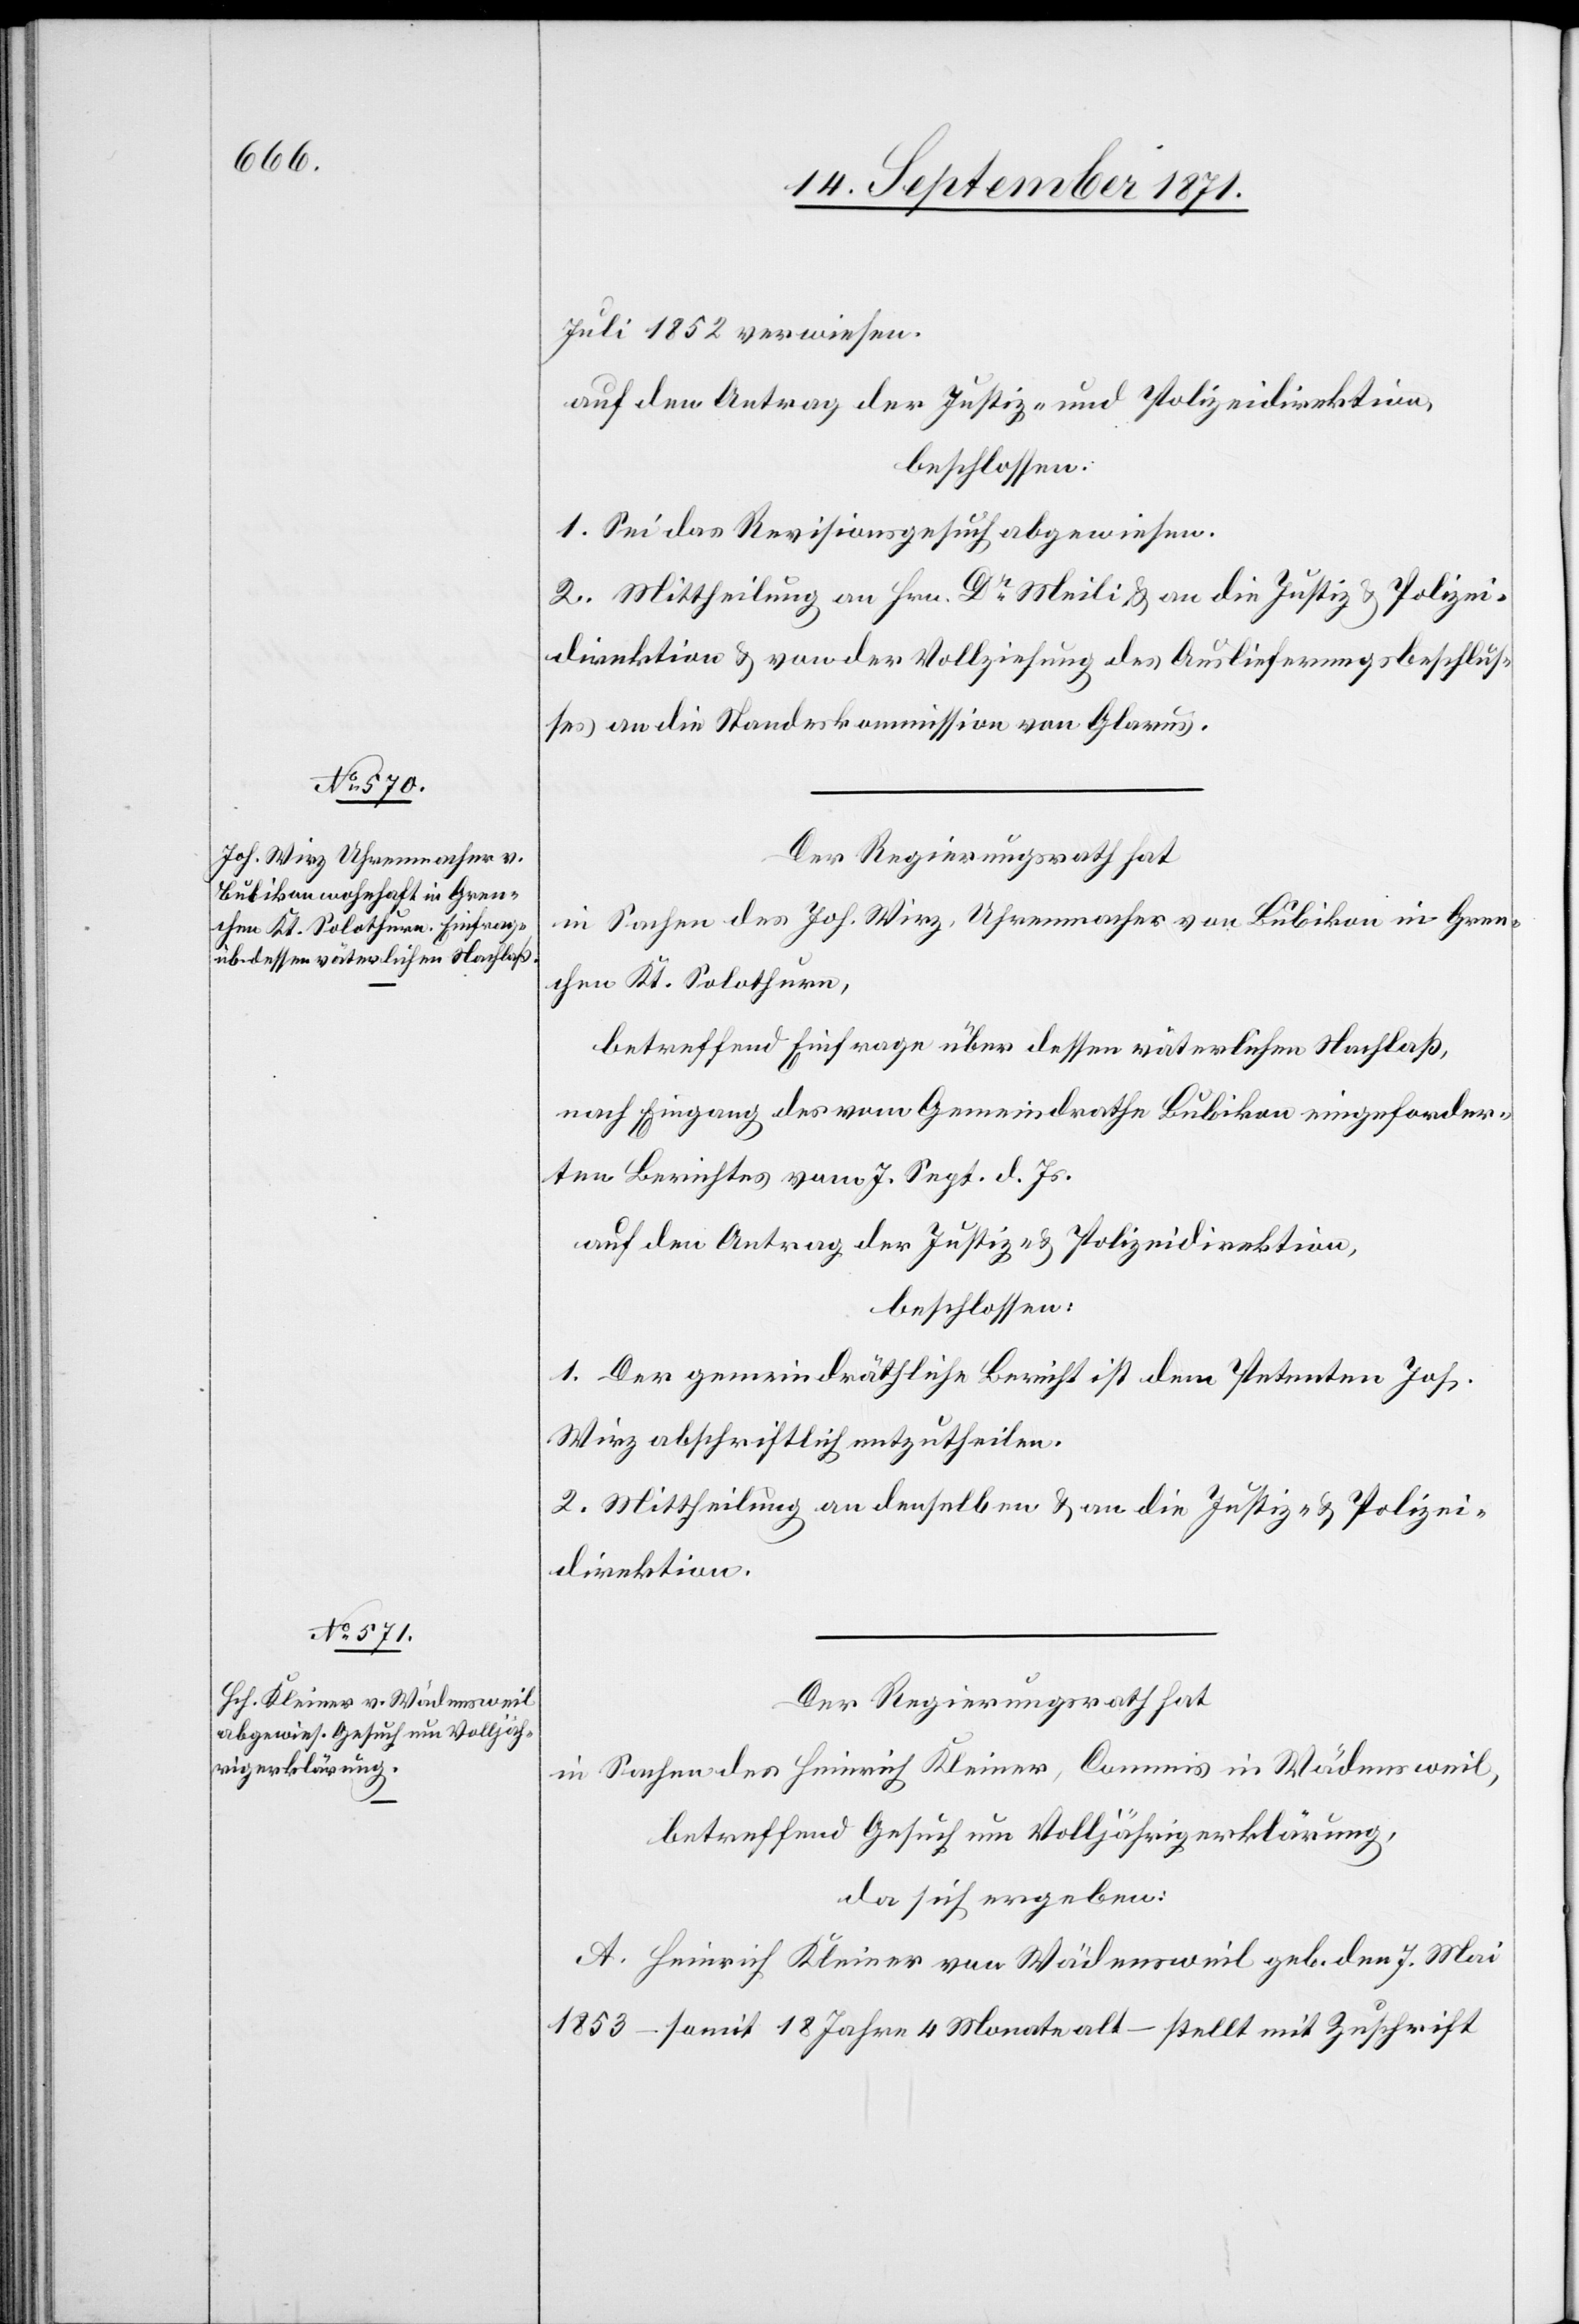
Juli 1852 verwiesen.
auf den Antrag der Justiz- und Polizeidirektion
beschlossen:
1. Sei das Revisionsgesuch abgewiesen
2. Mittheilung an Hrn. Dr Meili & an die Justiz- & Polizei¬
direktion & von der Vollziehung des Auslieferungsbeschlus¬
ses an die Standeskommission von Glarus.
Der Regierungsrath hat
in Sachen des Joh. Wirz, Uhrenmacher von Bubikon in Gren¬
chen Kt. Solothurn,
betreffend Einfrage über dessen väterlichen Nachlaß,
nach Eingang des vom Gemeindrath Bubikon eingeforder¬
ten Berichtes vom 7. Sept. d. Js.
auf den Antrag der Justiz- & Polizeidirektion
beschlossen:
1. Der gemeindräthliche Bericht ist dem Petenten Joh.
Wirz abschriftlich mitzutheilen.
2. Mittheilung an denselben & an die Justiz- & Polizei¬
direktion.
Der Regierungsrath hat
Sachen Heinrich Kleiner, Commis in Wädensweil,
in
betreffend Gesuch um Volljährigerklärung,
da sich ergeben:
A. Heinrich Kleiner von Wädensweil geb. den 7. Mai
1853 – somit 18 Jahre 4 Monate alt – stellt mit Zuschrift